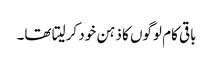
باقی کام لوگوں کا ذہن خود کرلیتا تھا۔